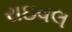
રાઇવલ